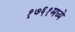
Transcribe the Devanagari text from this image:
१७६१मध्ये